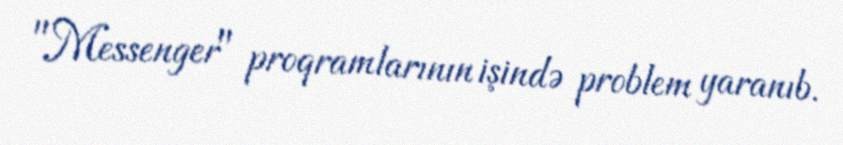
"Messenger" proqramlarının işində problem yaranıb.